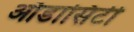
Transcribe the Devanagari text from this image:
ऑडासिटी